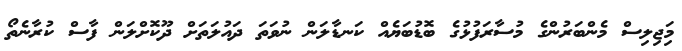
މަިޖިލިސް މެންބަރުންގެ މުސާރަފުޅުގެ ބޮޑުބަޔެއް ކަނޑާލަން ނުވަތަ ދައުލަތަށް ދޫކޮށްލަން ފާސް ކުރާނެތޯ